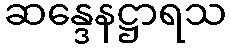
ဆန္ဒေနဋ္ဌာရသ